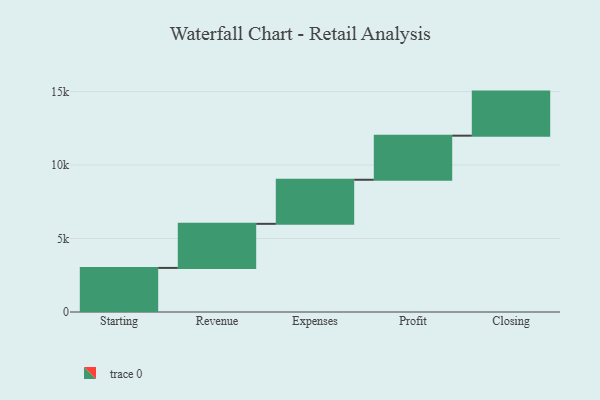
{"axis": {"x": "Step", "y": "Value"}, "legend": [""], "data": [{"x": "Starting", "y": 3000, "type": ""}, {"x": "Revenue", "y": 3000, "type": ""}, {"x": "Expenses", "y": 3000, "type": ""}, {"x": "Profit", "y": 3000, "type": ""}, {"x": "Closing", "y": 3000, "type": ""}]}